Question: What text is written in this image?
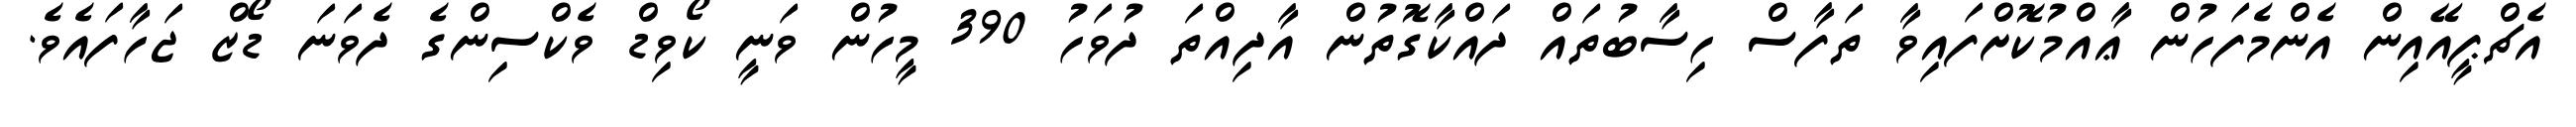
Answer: އެޗްޕީއޭއިން އެންމެފަހުން ޢާއްމުކޮށްފައިވާ ތަފާސް ހިސާބުތައް ދައްކާގޮތުން އާދިއްތަ ދުވަހު 390 މީހުން ވަނީ ކޯވިޑް ވެކްސިންގެ ދެވަނަ ޑޯޒް ޖަހާފައެވެ.